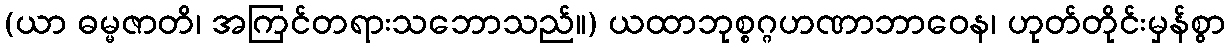
(ယာ ဓမ္မဇာတိ၊ အကြင်တရားသဘောသည်။) ယထာဘုစ္စဂ္ဂဟဏာဘာဝေန၊ ဟုတ်တိုင်းမှန်စွာ